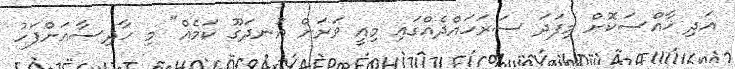
އަދި ޚާއްސަކޮށް މިފަދަ ސަރަހައްދެއްގައި މިއީ ވަރަށް އުނދަގޫ ކަމެއް" މި ހާދިސާއަށްފަހު